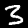
Digit: 3